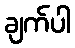
ချက်ပါ